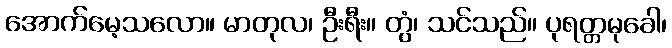
အောက်မေ့သလော။ မာတုလ၊ ဦးရီး။ တွံ၊ သင်သည်။ ပုရတ္တမုခေါ၊